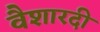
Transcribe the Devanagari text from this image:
वैशारदी